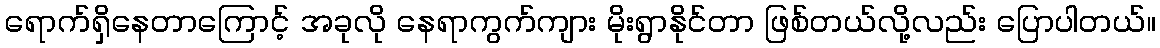
ရောက်ရှိနေတာကြောင့် အခုလို နေရာကွက်ကျား မိုးရွာနိုင်တာ ဖြစ်တယ်လို့လည်း ပြောပါတယ်။